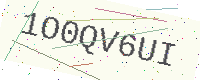
Text: 1O0QV6UI